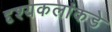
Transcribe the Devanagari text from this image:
दृश्यकलांकडे